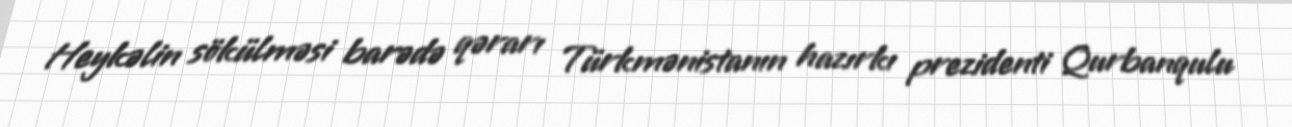
Heykəlin sökülməsi barədə qərarı Türkmənistanın hazırkı prezidenti Qurbanqulu